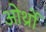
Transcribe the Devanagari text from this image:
ओर्थ्रो